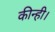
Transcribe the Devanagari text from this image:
कीन्ही।